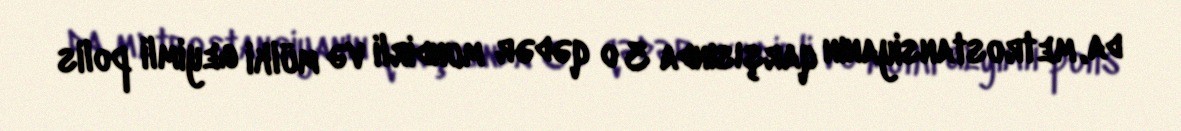
da, metrostansiyanın qarşısında 3 o qədər mundirli və mülki geyimli polis